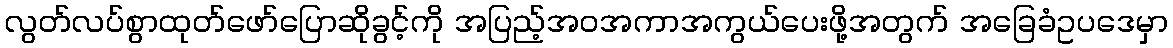
လွတ်လပ်စွာထုတ်ဖော်ပြောဆိုခွင့်ကို အပြည့်အဝအကာအကွယ်ပေးဖို့အတွက် အခြေခံဥပဒေမှာ